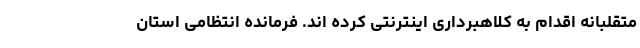
متقلبانه اقدام به کلاهبرداری اینترنتی کرده اند. فرمانده انتظامی استان